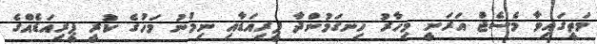
މަތީގައިވާ މެސެޖް އަރަނީ މިހާރު ހިނގަމުންދާ ޕީރިއަޑާއި ނިމުނު މަހުގެ ކުރީ ޕީރިއަޑެއްގެ